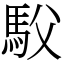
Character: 䭸